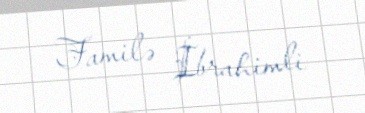
Familə İbrahimli